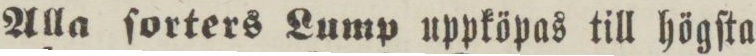
Alla ſorters Lump uppköpas till högſta